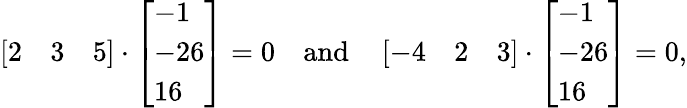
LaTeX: \left[{\begin{array}{ccc}{2}&{3}&{5}\end{array}}\right]\cdot{\left[\begin{array}{l}{-1}\\ {-26}\\ {16}\end{array}\right]}=0\quad\mathrm{and}\quad\left[{\begin{array}{ccc}{-4}&{2}&{3}\end{array}}\right]\cdot{\left[\begin{array}{l}{-1}\\ {-26}\\ {16}\end{array}\right]}=0\mathrm{,}